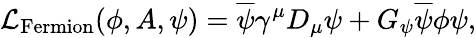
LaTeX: {\mathcal{L}}_{\mathrm{Fermion}}(\phi,A,\psi)={\overline{{\psi}}}\gamma^{\mu}D_{\mu}\psi+G_{\psi}{\overline{{\psi}}}\phi\psi,